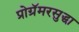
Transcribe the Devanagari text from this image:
प्रोग्रॅमरसुद्धा